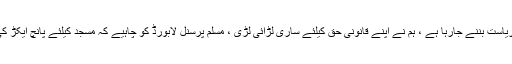
تفصیلات کے مطابق اسدالدین اویسی کا اپنے ویڈیو پیغام میں کہناتھا کہ بھارت ایک ہندو ریاست بننے جارہا ہے ، ہم نے اپنے قانونی حق کیلئے ساری لڑائی لڑی ، مسلم پرسنل لابورڈ کو چاہیے کہ مسجد کیلئے پانچ ایکڑ کی زمین نہ لے ، مسلم پرسنل بورڈ بھارتی سپریم کورٹ کے فیصلے سے مطمئن نہیں ہے۔